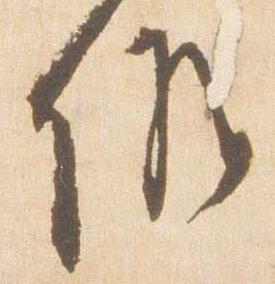
儀